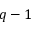
q - 1